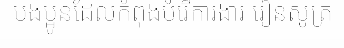
បងប្អូនដែលកំពុងបំរើការងារ រៀនសូត្រ